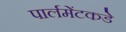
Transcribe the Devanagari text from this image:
पार्लमेंटकडे